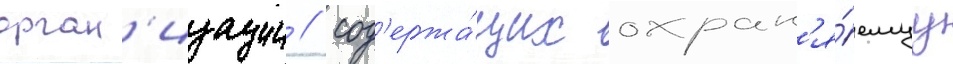
орган'изации / сод'ержа́щих охран'я́емуу